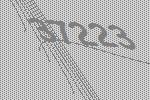
37223